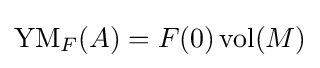
\operatorname {YM} _{F}(A)=F(0)\operatorname {vol} (M)